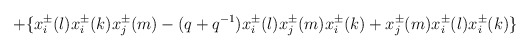
\begin{align*}\; +\{ x^{\pm}_i(l) x^{\pm}_i(k) x^{\pm}_j(m) -(q+q^{-1}) x^{\pm}_i(l) x^{\pm}_j(m) x^{\pm}_i(k) + x^{\pm}_j(m) x^{\pm}_i(l) x^{\pm}_i(k) \}\end{align*}